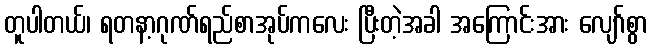
တူပါတယ်၊ ရတနာ့ဂုဏ်ရည်စာအုပ်ကလေး ပြီးတဲ့အခါ အကြောင်းအား လျော်စွာ